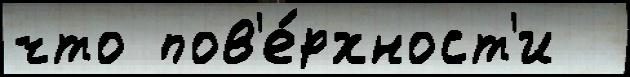
что пов'е́рхност'и